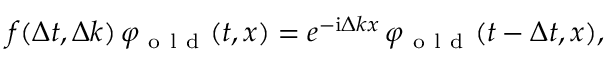
\begin{array} { r } { f ( \Delta t , \Delta k ) \, \varphi _ { \mathrm { ~ o ~ l ~ d ~ } } ( t , x ) = e ^ { - \mathrm { i } \Delta k x } \, \varphi _ { \mathrm { ~ o ~ l ~ d ~ } } ( t - \Delta t , x ) , } \end{array}